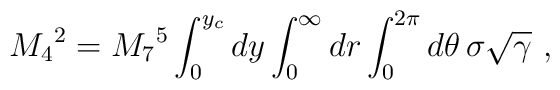
M_4{}^2 = M_7{}^5 \int_0^{y_c} dy \int_0^\infty dr \int_0^{2\pi} d\theta \, \sigma \sqrt{\gamma} ~,